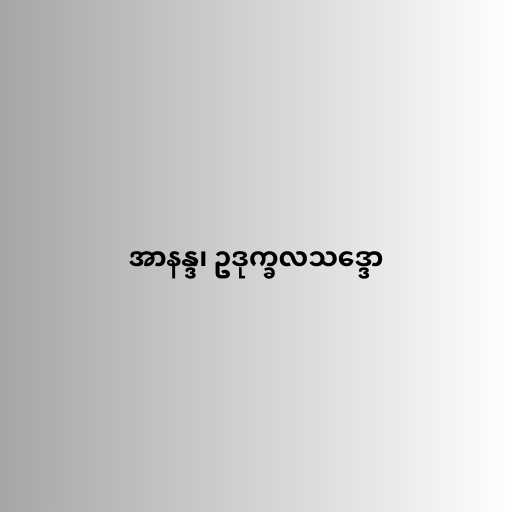
အာနန္ဒ၊ ဥဒုက္ခလသဒ္ဒော